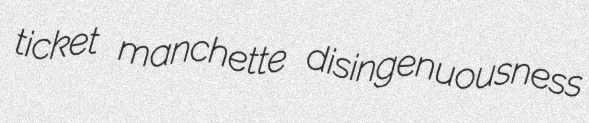
ticket manchette disingenuousness